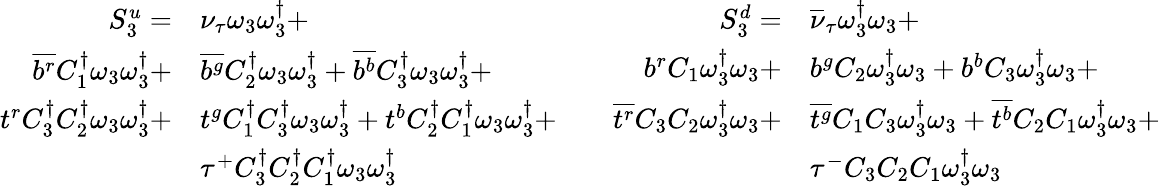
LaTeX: \begin{array}{rl}{S_{3}^{u}=}&{{\nu_{\tau}}\omega_{3}\omega_{3}^{\dagger}+}\\ {\overline{{b^{r}}}{C_{1}^{\dagger}}\omega_{3}\omega_{3}^{\dagger}+}&{\overline{{b^{g}}}{C_{2}^{\dagger}}\omega_{3}\omega_{3}^{\dagger}+\overline{{b^{b}}}{C_{3}^{\dagger}}\omega_{3}\omega_{3}^{\dagger}+}\\ {t^{r}{C_{3}^{\dagger}}{C_{2}^{\dagger}}\omega_{3}\omega_{3}^{\dagger}+}&{t^{g}{C_{1}^{\dagger}}{C_{3}^{\dagger}}\omega_{3}\omega_{3}^{\dagger}+t^{b}{C_{2}^{\dagger}}{C_{1}^{\dagger}}\omega_{3}\omega_{3}^{\dagger}+}\\ &{\tau^{+}{C_{3}^{\dagger}}{C_{2}^{\dagger}}{C_{1}^{\dagger}}\omega_{3}\omega_{3}^{\dagger}}\end{array}\qquad\begin{array}{rl}{S_{3}^{d}=}&{{\overline{{\nu}}_{\tau}}\omega_{3}^{\dagger}\omega_{3}+}\\ {{b}^{r}{C_{1}}\omega_{3}^{\dagger}\omega_{3}+}&{{b}^{g}{C_{2}}\omega_{3}^{\dagger}\omega_{3}+{b}^{b}{C_{3}}\omega_{3}^{\dagger}\omega_{3}+}\\ {\overline{{t^{r}}}{C_{3}}{C_{2}}\omega_{3}^{\dagger}\omega_{3}+}&{\overline{{t^{g}}}{C_{1}}{C_{3}}\omega_{3}^{\dagger}\omega_{3}+\overline{{t^{b}}}{C_{2}}{C_{1}}\omega_{3}^{\dagger}\omega_{3}+}\\ &{\tau^{-}{C_{3}}{C_{2}}{C_{1}}\omega_{3}^{\dagger}\omega_{3}}\end{array}